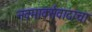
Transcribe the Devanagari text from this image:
नवमार्क्सवादाचा